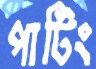
পাটিং